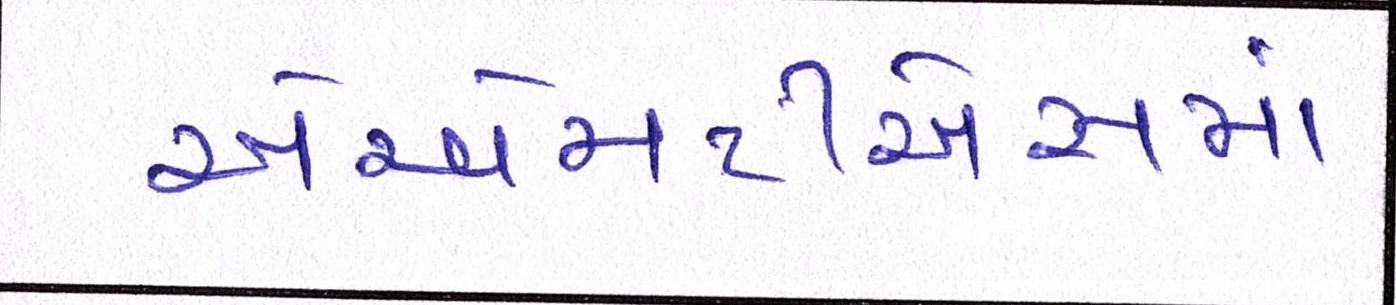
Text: એએમટીએસમાં